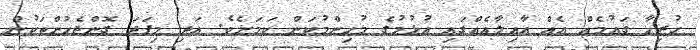
ހުރިހާ ގައުމެއް އެއް އާއިލާއެއްގައި އުޅުމުގެ މުހިންމުކަން ކަމަށެވެ. އަދި މިފަދަ ގޮންޖެހުންތަކުން